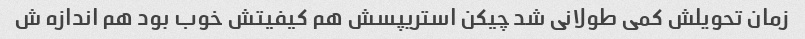
زمان تحویلش کمی طولانی شد چیکن استریپسش هم کیفیتش خوب بود هم اندازه ش